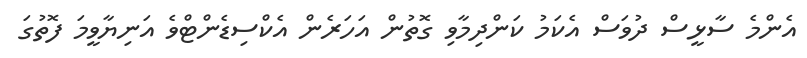
އެންމެ ސާޅީސް ދުވަސް އެކަމު ކަންދިމާވި ގޮތުން އަހަރެން އެކްސިޑެންޓްވެ އަނިޔާވީމަ ފޮތުގަ